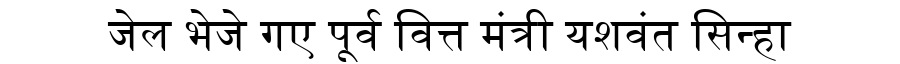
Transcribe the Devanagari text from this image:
जेल भेजे गए पूर्व वित्त मंत्री यशवंत सिन्हा